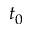
t _ { 0 }